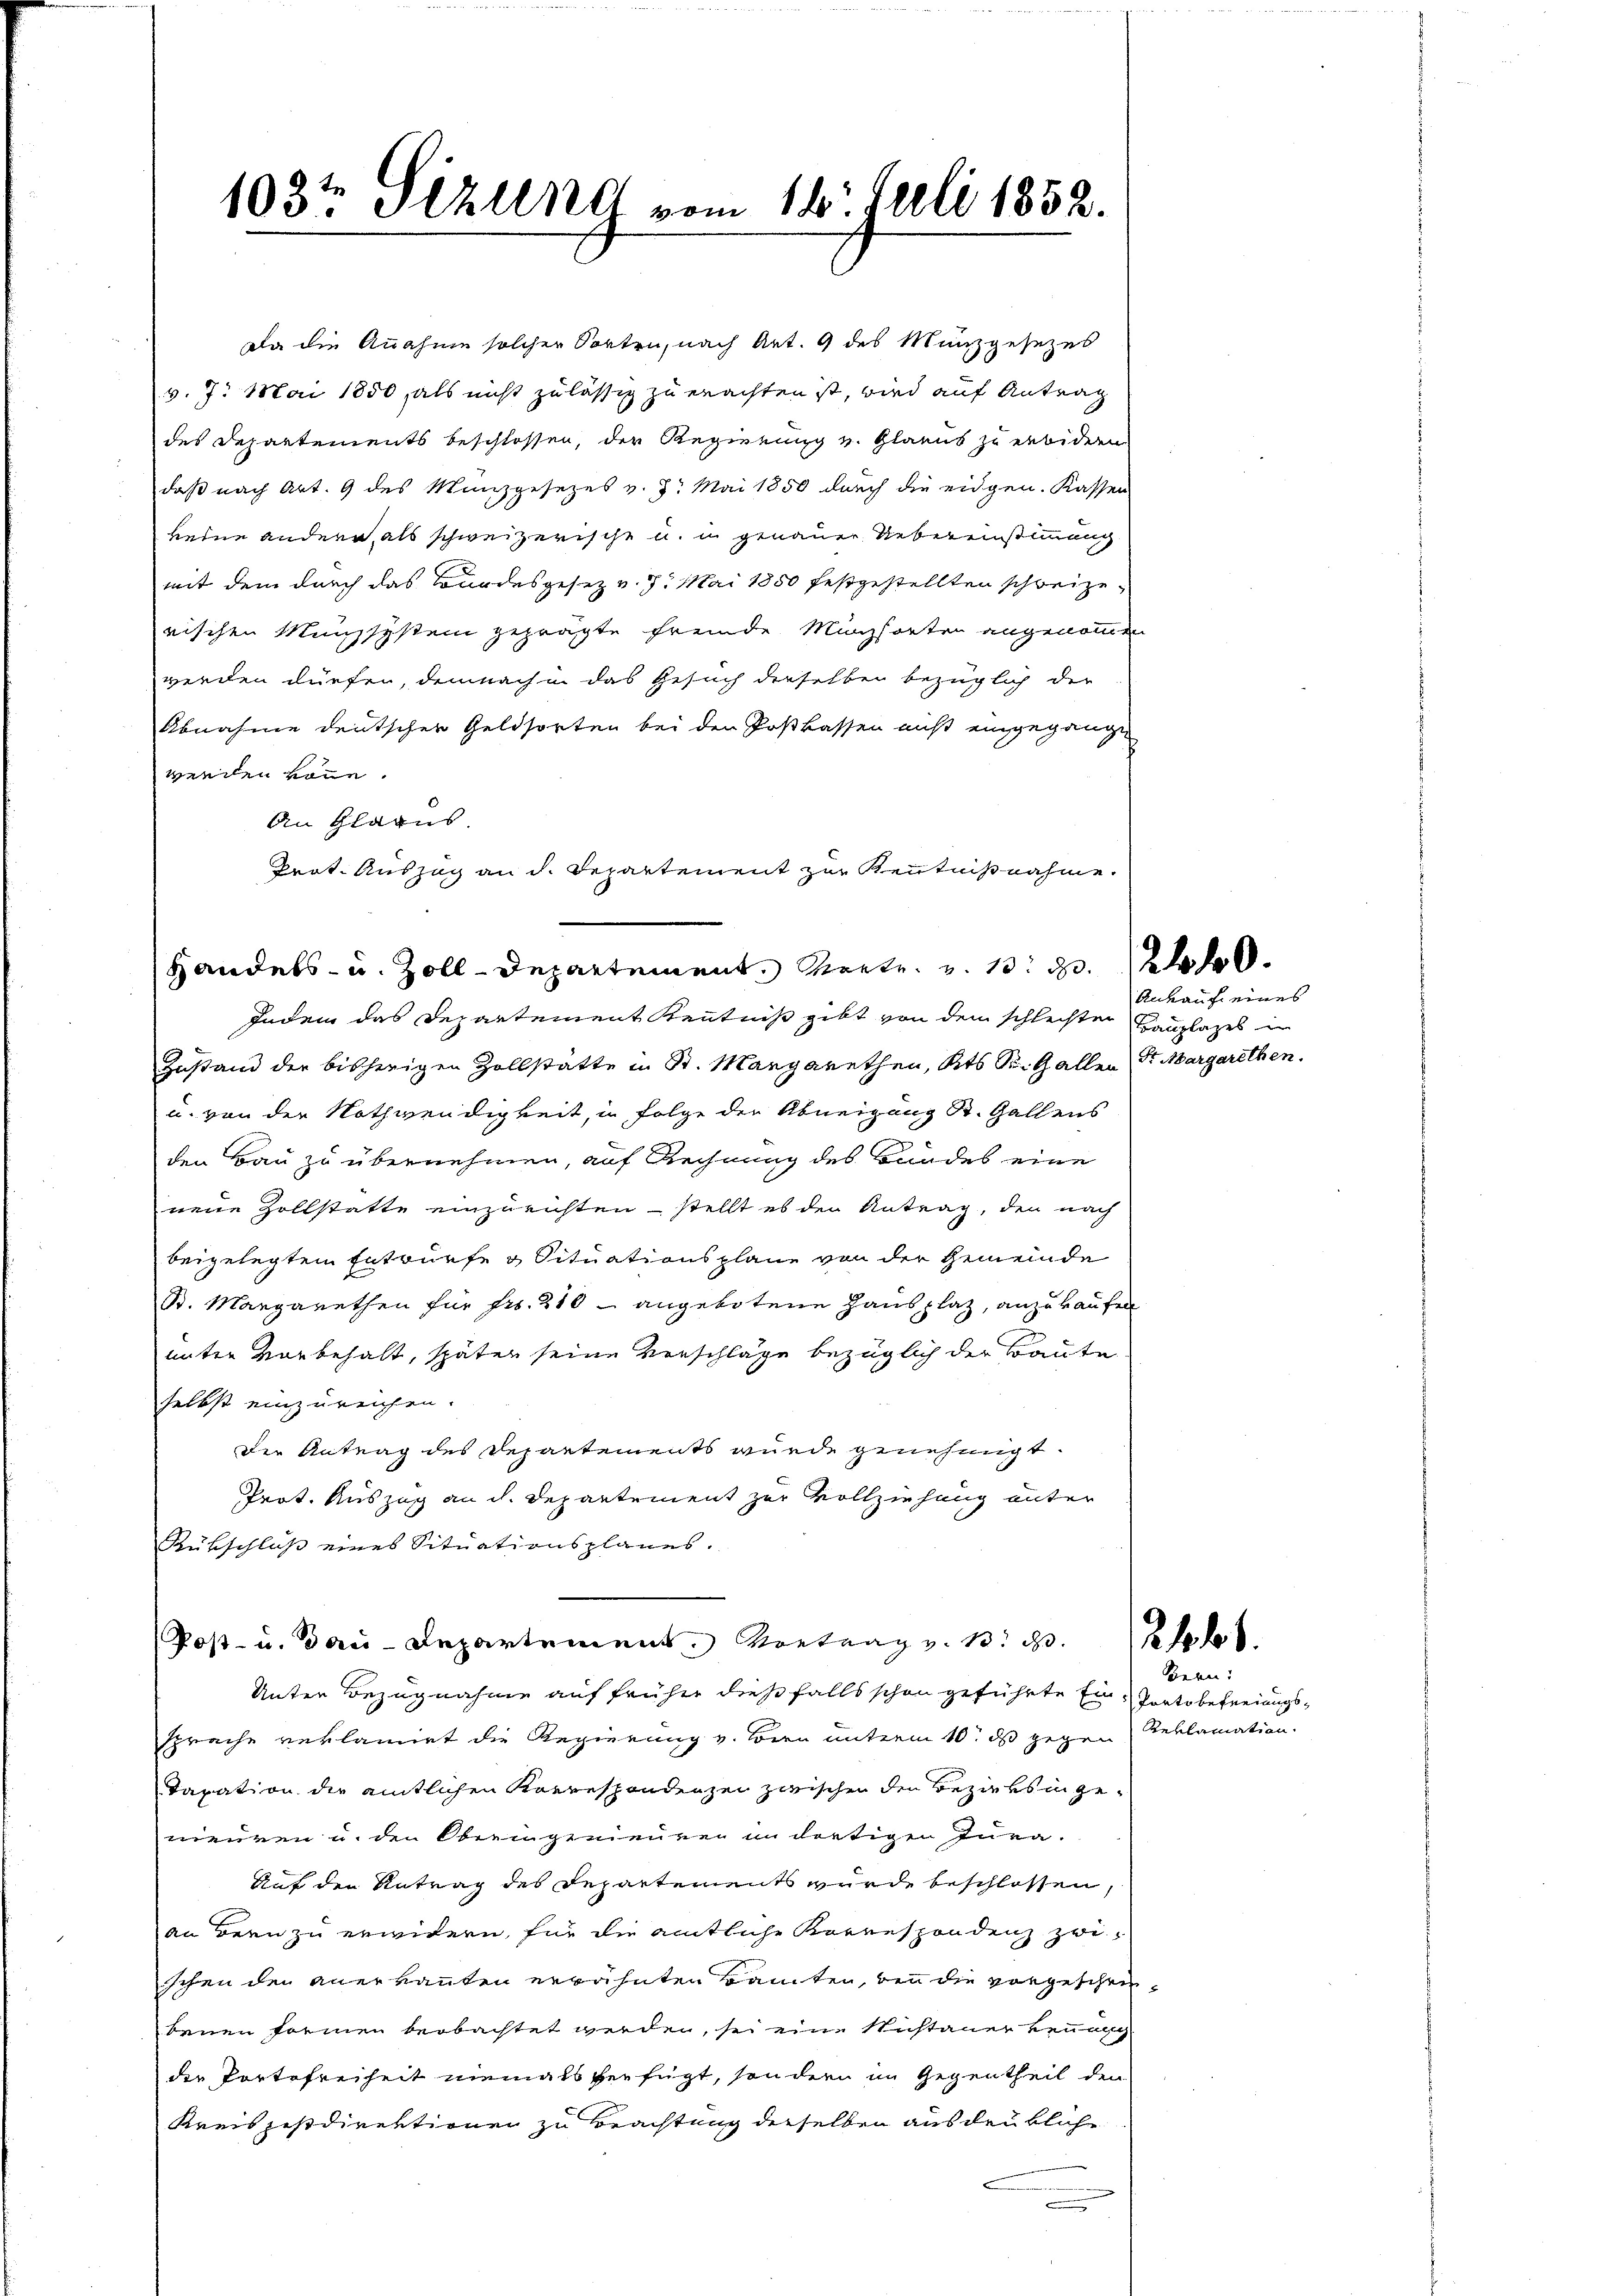
Da die Annahme solcher Sorten, nach Art. 9 des Münzgesezes
v. 7. Mai 1850, als nicht zulässig zu erachten ist, wird auf Antrag
des Departements beschlossen, der Regierung v. Glarus zu erwidern
daß nach Art. 9 des Manzgesezes v. 3. Mai 1850 durch die eidgen. Kassen,
keine andere als schweizerische u. in genauer Uebereinstimmung
mit dem durch das Bordesgesetz v. J. Mai 1880 festgestellten schweizerischen Münzsystem geprägte fremde Münzsorten angenommen
werden dürfen, demnach in das Gesuch derselben bezüglich der
Abnahme deutscher Geldsorten bei den Postkassen nicht eingegange
werden köne.
An Glarus.
Handels- u. Zoll-Departement. Vertr. v. 132 f.
Indem das Departement Kenntniß gibt von dem schlechter Bauplages in
Zustand der bisherigen Zollstätte in St. Margarethen, Kts. S. Gallen Fr. Margarethen.
u. von der Nothwendigkeit, in Folge der Abneigung St. Gallens
den Bau zu übernehmen, auf Rechnung des Bandes eine
nene Zollstatte einzurichten – stellt es der Antrag, den nach
beigelegten Entwürfe & Situationsplane von der Gemeinde
St. Margarethen für Fr. 210 - angebotene Hausplaz, anzukaufen
unter vorbehalt, später seine Verschläge bezüglich der Baute
selbst einzureichen.
Die Antrag des Departements wurde genehmigt.
Prot. Auszug an d. Departement zur Vollziehung unter
Rükschluss eines Situationsplanes.
Post- u. Bau-Departement. Vortrag v. 1. d.
Unter Bezugnahme auf früher dießfalls schon geführte Ein Portobefreiungssprache reklamirt die Regierung v. Bern unterm 10. ds gegen Reklamation.
Taxation die amtlichen Korrespondenzei zwischen den Beziehs in genieuren u. den Oberingenieuren in dortigen Jura.
Auf den Antrag des Departements wurde beschlossen,
an Bern zu erwidern, für die amtliche Korrespondenz zwischen den anerkannten erwähnten Banten, den die vorgeschrie
Seuen Formen beobachtet werden, sei eine Nichtanerkennung
die Portefreiheit niemals verfügt, sondern im Gegentheil den
Kreiszisdirektionen zu Beachtung derselben ausgeübliche
.

103t Slzung vom 16. Juli 1852.

Prat. Auszug an d. Departement zur Kenntnißnahme.

Ankauf eines

Bern: